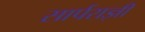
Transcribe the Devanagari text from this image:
सार्पराज्ञी